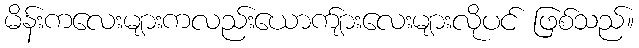
မိန်းကလေးများကလည်းယောက်ျားလေးများလိုပင် ဖြစ်သည်။